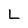
Character: L